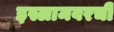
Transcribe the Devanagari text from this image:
इस्लामवरची